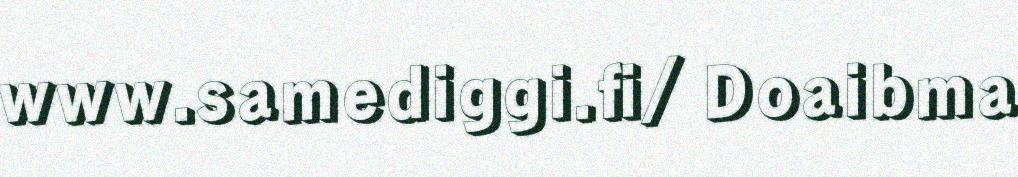
www.samediggi.fi/ Doaibma